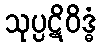
သုပ္ပဋိဝိဒ္ဓံ